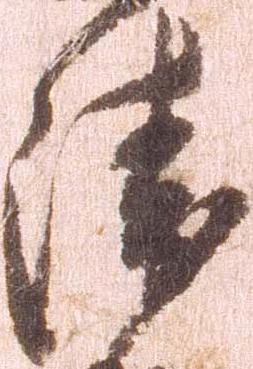
衛